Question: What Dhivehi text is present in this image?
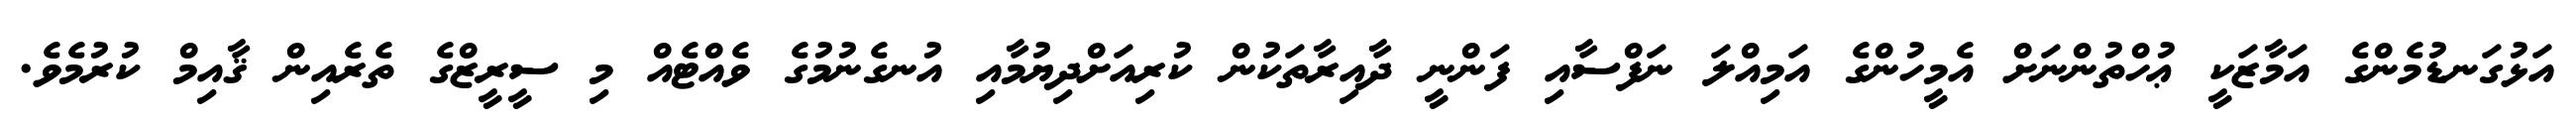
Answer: އަޅުގަނޑުމެންގެ އަމާޒަކީ ޢުހްތުންނަށް އެމީހުންގެ އަމިއްލަ ނަފްސާއި ފަންނީ ދާއިރާތަކުން ކުރިއަށްދިޔުމާއި އުނގެނުމުގެ ވެއްޓެއް މި ސީރީޒްގެ ތެރެއިން ޤާއިމް ކުރުމެވެ.